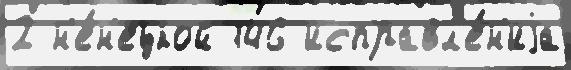
2 н'е́н'ецкой 146 исправл'е́н'иjа